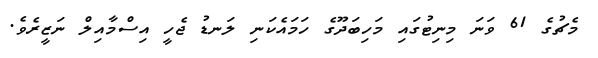
މެޗުގެ 61 ވަނަ މިނިޓުގައި މަހިބަދޫގެ ހަމައެކަނި ލަނޑު ޖެހީ އިސްމާއިލް ނަޒީރެވެ.